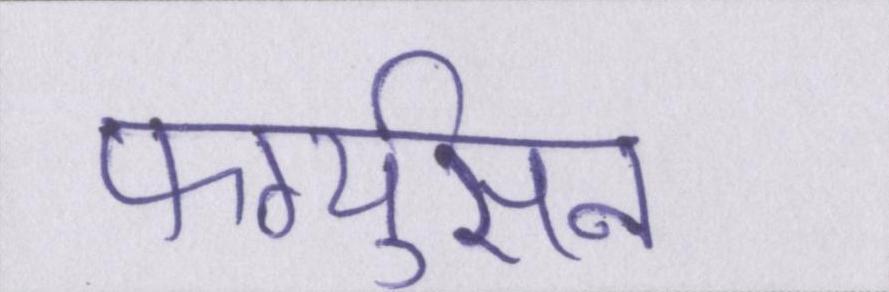
फर्ग्युसन